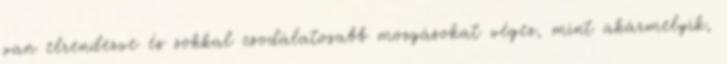
van elrendezve és sokkal csodálatosabb mozgásokat végez, mint akármelyik,